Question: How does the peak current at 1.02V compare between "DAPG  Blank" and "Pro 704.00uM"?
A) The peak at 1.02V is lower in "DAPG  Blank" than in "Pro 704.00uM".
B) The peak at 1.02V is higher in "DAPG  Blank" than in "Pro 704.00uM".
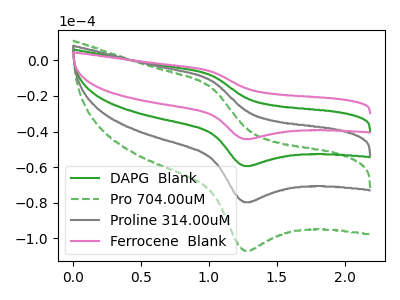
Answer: <think>The green curve "DAPG  Blank" has an anodic peak at (1.00V, -8.50uA) and a cathodic peak at (1.25V, -59.40uA). The green dashed curve "Pro 704.00uM" has an anodic peak at (1.00V, -25.55uA) and a cathodic peak at (1.25V, -178.20uA). The gray curve "Proline 314.00uM" has an anodic peak at (1.00V, -17.05uA) and a cathodic peak at (1.25V, -118.80uA). The pink curve "Ferrocene  Blank" has an anodic peak at (1.00V, -6.35uA) and a cathodic peak at (1.25V, -44.25uA).</think>
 <answer>B) The peak at 1.02V is higher in "DAPG  Blank" than in "Pro 704.00uM".</answer>
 <eval>B</eval>